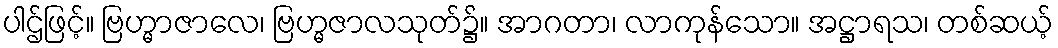
ပါဌ်ဖြင့်။ ဗြဟ္မာဇာလေ၊ ဗြဟ္မဇာလသုတ်၌။ အာဂတာ၊ လာကုန်သော။ အဋ္ဌာရသ၊ တစ်ဆယ့်